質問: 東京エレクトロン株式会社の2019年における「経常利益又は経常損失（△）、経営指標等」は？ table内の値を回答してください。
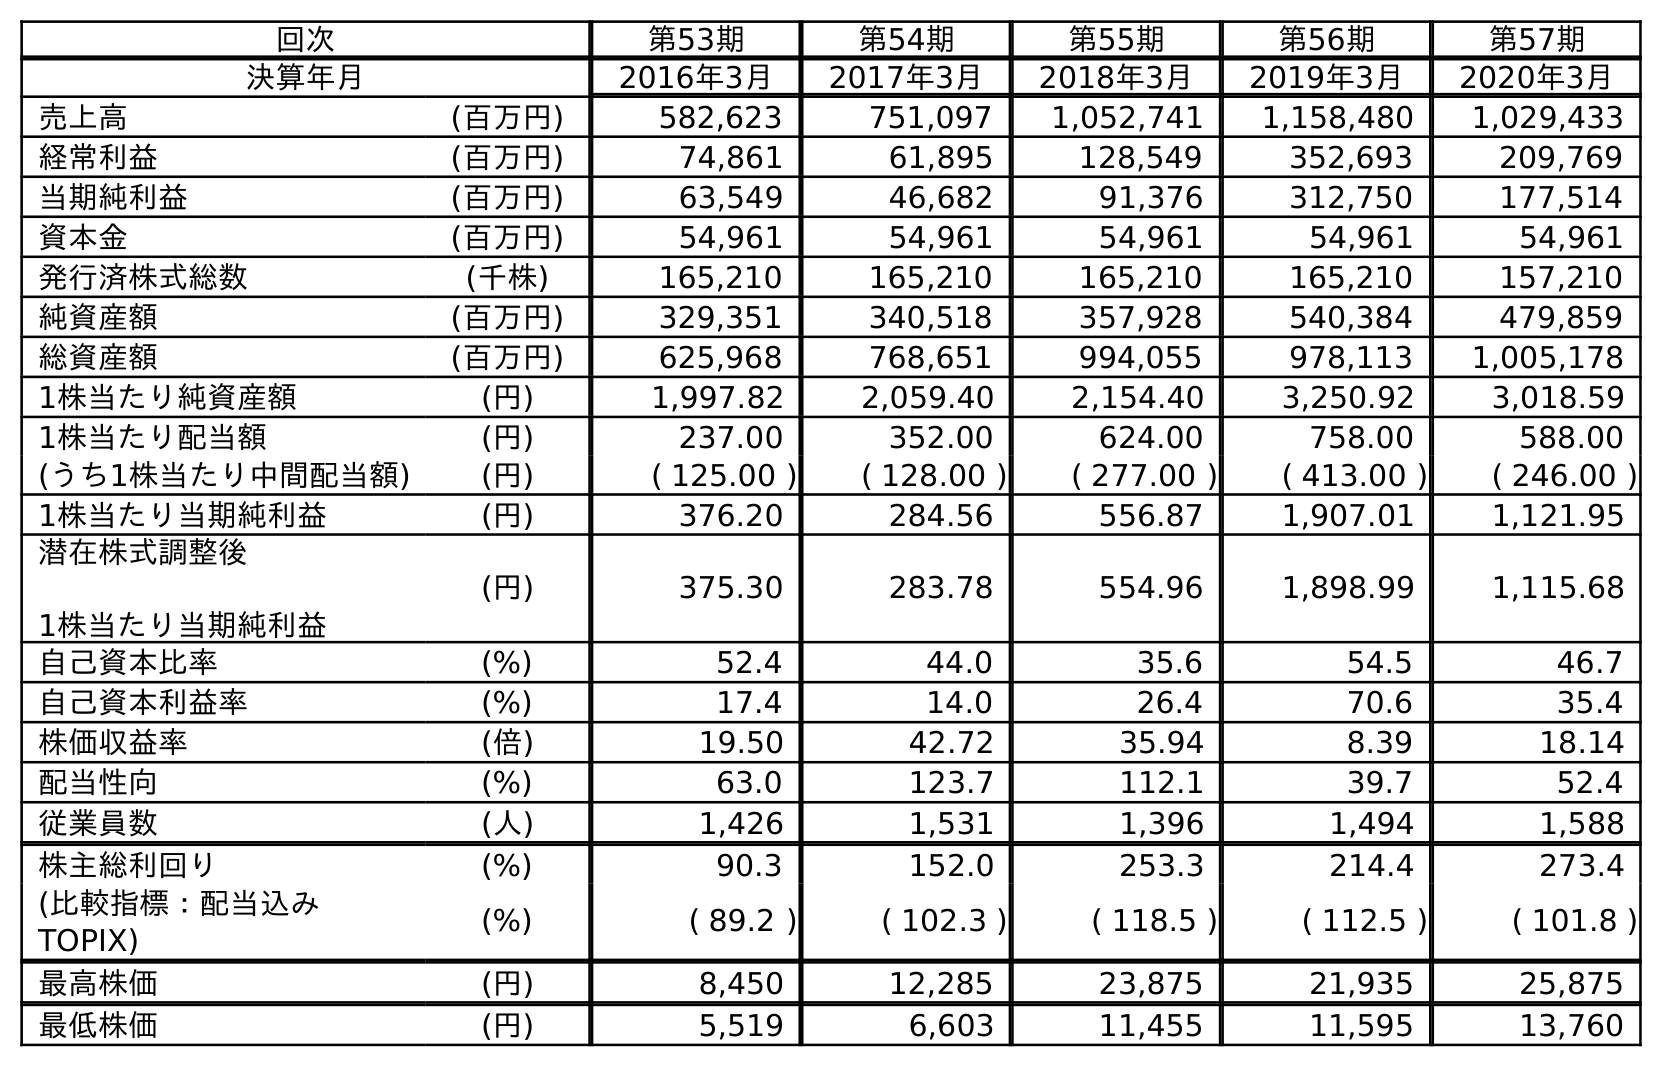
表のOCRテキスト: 回次 第53期 第54期 第55期 第56期 第57期 決算年月 2016年3月 2017年3月 2018年3月 2019年3月 2020年3月 売上高 (百万円) 582,623 751,097 1,052,741 1,158,480 1,029,433 経常利益 (百万円) 74,861 61,895 128,549 352,693 209,769 当期純利益 (百万円) 63,549 46,682 91,376 312,750 177,514 資本金 (百万円) 54,961 54,961 54,961 54,961 54,961 発行済株式総数 (千株) 165,210 165,210 165,210 165,210 157,210 純資産額 (百万円) 329,351 340,518 357,928 540,384 479,859 総資産額 (百万円) 625,968 768,651 994,055 978,113 1,005,178 1株当たり純資産額 (円) 1,997.82 2,059.40 2,154.40 3,250.92 3,018.59 1株当たり配当額 (円) 237.00 352.00 624.00 758.00 588.00 (うち1株当たり中間配当額) (円) ( 125.00 ) ( 128.00 ) ( 277.00 ) ( 413.00 ) ( 246.00 ) 1株当たり当期純利益 (円) 376.20 284.56 556.87 1,907.01 1,121.95 潜在株式調整後 1株当たり当期純利益 (円) 375.30 283.78 554.96 1,898.99 1,115.68 自己資本比率 (%) 52.4 44.0 35.6 54.5 46.7 自己資本利益率 (%) 17.4 14.0 26.4 70.6 35.4 株価収益率 (倍) 19.50 42.72 35.94 8.39 18.14 配当性向 (%) 63.0 123.7 112.1 39.7 52.4 従業員数 (人) 1,426 1,531 1,396 1,494 1,588 株主総利回り (%) 90.3 152.0 253.3 214.4 273.4 (比較指標：配当込み TOPIX) (%) ( 89.2 ) ( 102.3 ) ( 118.5 ) ( 112.5 ) ( 101.8 ) 最高株価 (円) 8,450 12,285 23,875 21,935 25,875 最低株価 (円) 5,519 6,603 11,455 11,595 13,760
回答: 352,693